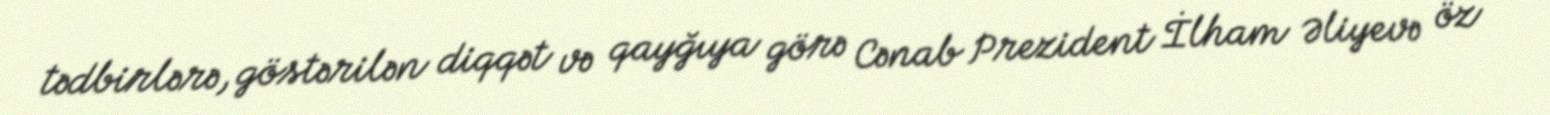
tədbirlərə, göstərilən diqqət və qayğıya görə Cənab Prezident İlham Əliyevə öz